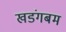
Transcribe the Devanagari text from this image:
खडंगबम